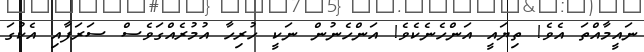
ނައީމާއްތަ އެވެ! ތިޔައީ އަންހެނެކެވެ! އަންހެނުން ނަކީ ހުރިހާ އުމުރެއްގަވެސް ސަރަފާއި އެކުގަ